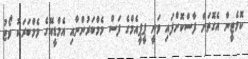
ކޮމެޓީން އެގޮތަށް ފާސްކޮށްފައި ވަނީ ޕީޕީއެމްގެ ފަސް މެމްބަރުންނާއި އެމްޑީއޭގެ މެމްބަރަކު ވޯޓު